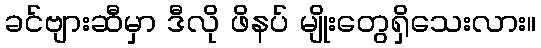
ခင်ဗျားဆီမှာ ဒီလို ဖိနပ် မျိုးတွေရှိသေးလား။